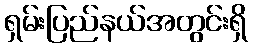
ရှမ်းပြည်နယ်အတွင်းရှိ